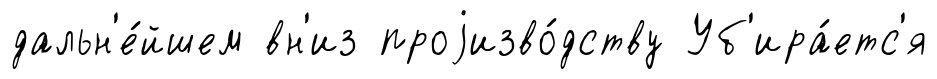
дальн'е́йшем вн'из проjизво́дству Уб'ира́етс'я